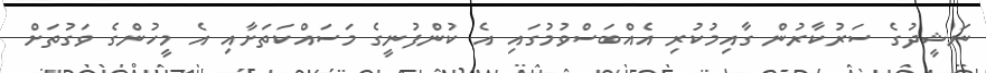
ނަޝީދުގެ ސަރުކާރުން ގާއިމުކުރި އެއްބަސްވުމުގައި އެ ކުންފުނީގެ މަސައްކަތަށާއި އެ މީހުންގެ ވަގުތަށް